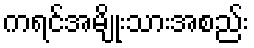
ကရင်အမျိုးသားအစည်း